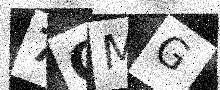
Text: 7OMG